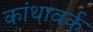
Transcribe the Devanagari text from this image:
कांथावर्क